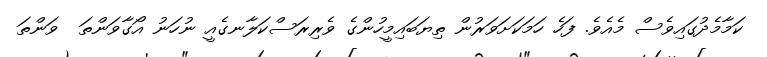
ކަމާމެދުގައިވެސް މެއެވެ. ފަހެ ހަމަކަށަވަރުން ތިޔަބައިމީހުންގެ ވެރިރަސްކަލާނގެއީ ނުހަނު އޯގާވަންތަ  ވަންތަ